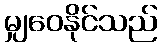
မျှဝေနိုင်သည်